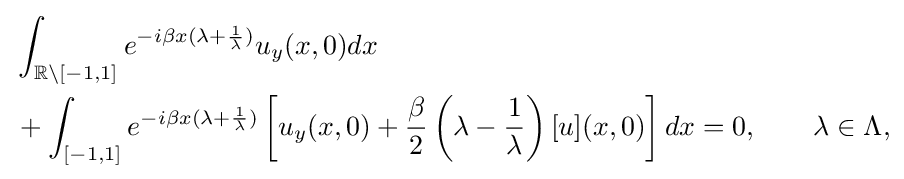
{\begin{aligned}&\int _{\mathbb {R} \backslash [-1,1]}e^{-i\beta x(\lambda +{\frac {1}{\lambda }})}u_{y}(x,0)dx\\&+\int _{[-1,1]}e^{-i\beta x(\lambda +{\frac {1}{\lambda }})}\left[u_{y}(x,0)+{\frac {\beta }{2}}\left(\lambda -{\frac {1}{\lambda }}\right)[u](x,0)\right]dx=0,\qquad \lambda \in \Lambda ,\end{aligned}}